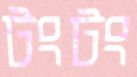
টংটং